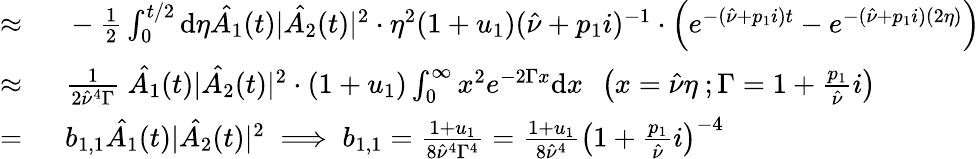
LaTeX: \begin{array}{rl}{\approx\ }&{{}-\frac{1}{2}\int_{0}^{t/2}\mathrm{d}\eta\hat{A_{1}}(t)|\hat{A_{2}}(t)|^{2}\cdot\eta^{2}(1+u_{1})(\hat{\nu}+p_{1}i)^{-1}\cdot\left(e^{-(\hat{\nu}+p_{1}i)t}-e^{-(\hat{\nu}+p_{1}i)(2\eta)}\right)}\\ {\approx\ }&{{}\frac{1}{2\hat{\nu}^{4}\Gamma}\ \hat{A_{1}}(t)|\hat{A_{2}}(t)|^{2}\cdot(1+u_{1})\int_{0}^{\infty}x^{2}e^{-2\Gamma x}\mathrm{d}x\ \ \left(x=\hat{\nu}\eta\ ;\Gamma=1+\frac{p_{1}}{\hat{\nu}}i\right)}\\ {=\ }&{{}b_{1,1}\hat{A_{1}}(t)|\hat{A_{2}}(t)|^{2}\implies b_{1,1}=\frac{1+u_{1}}{8\hat{\nu}^{4}\Gamma^{4}}=\frac{1+u_{1}}{8\hat{\nu}^{4}}\left(1+\frac{p_{1}}{\hat{\nu}}i\right)^{-4}}\end{array}